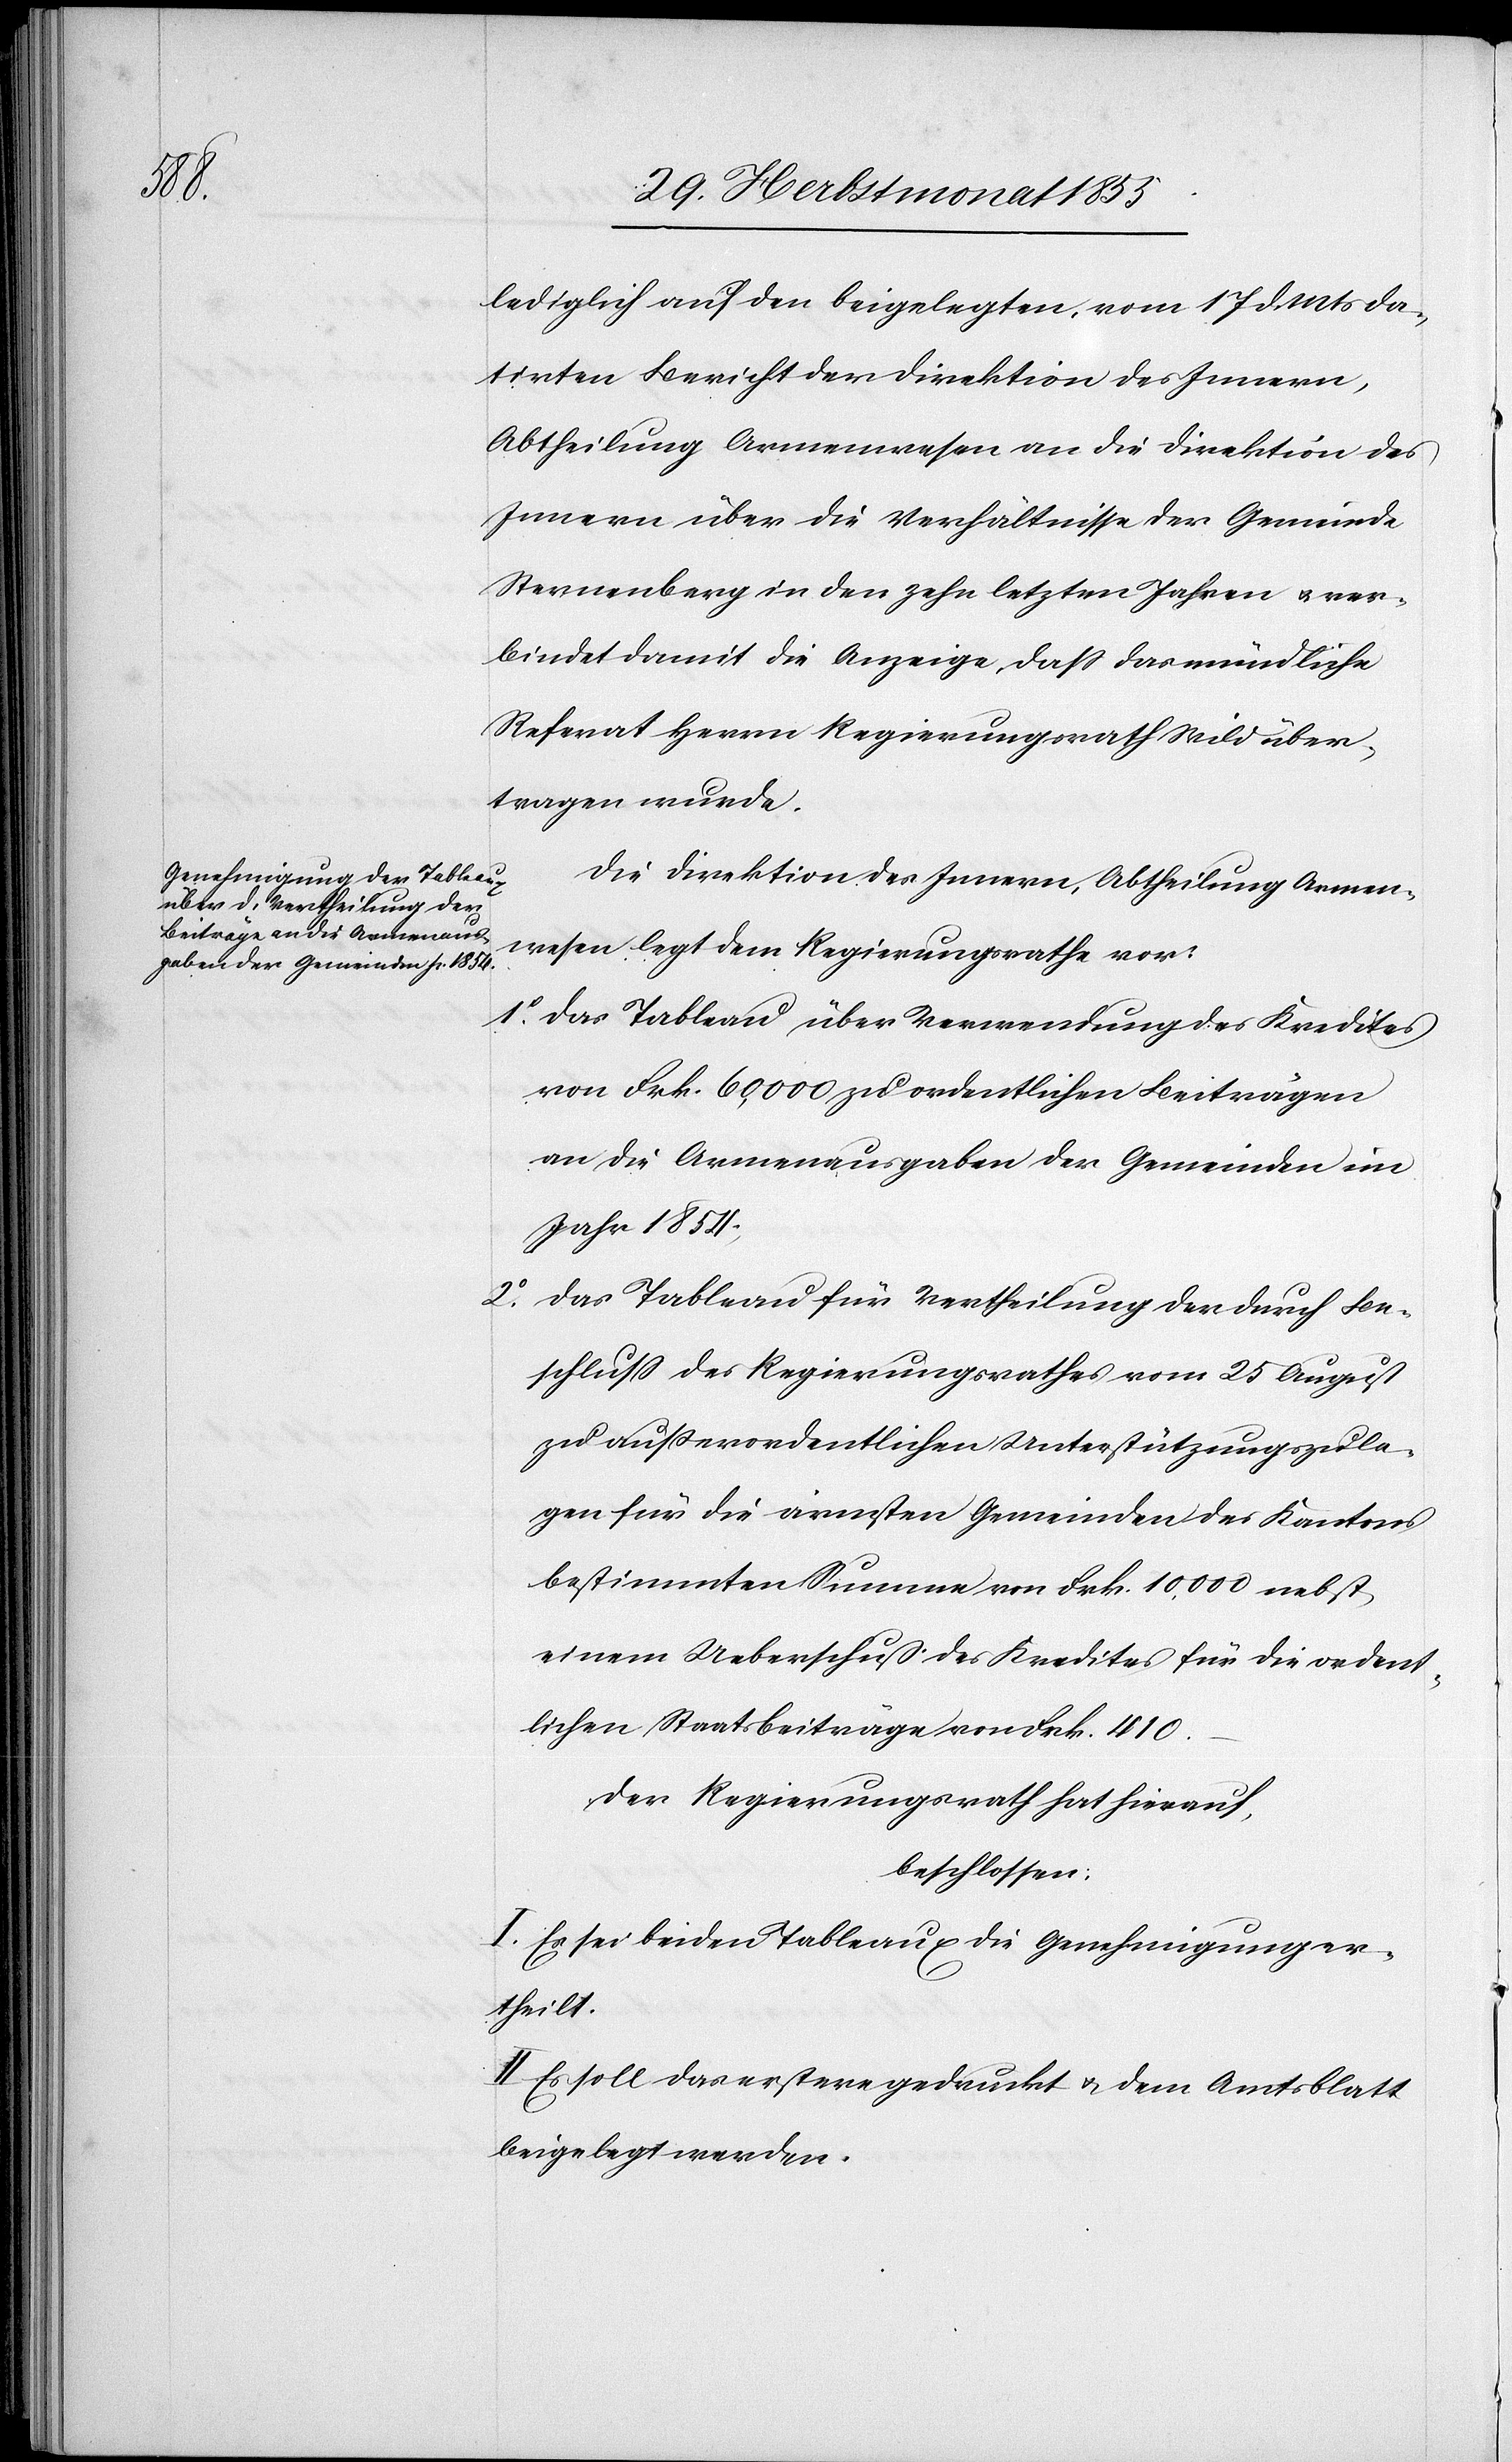
1.o

lediglich auf den beigelegten, vom 17 d. Mts da¬
tirten Bericht der Direktion des Innern,
Abtheilung Armenwesen an die Direktion des
Innern über die Verhältnisse der Gemeinde
Sternenberg in den zehn letzten Jahren & ver¬
bindet damit die Anzeige, dass das mündliche
Referat Herrn Regierungsrath Wild über¬
tragen wurde.
Die Direktion des Innern, Abtheilung Armen¬
wesen legt dem Regierungsrathe vor:
das Tableau über Verwendung des Kredites
von Frk. 60,000 zu ordentlichen Beiträgen
an die Armenausgaben der Gemeinden im
Jahr 1854;
das Tableau für Vertheilung der durch Be¬
schluss des Regierungsrathes vom 25 August
zu außerordentlichen Unterstützungszula¬
gen für die ärmsten Gemeinden des Kantons
bestimmten Summe von Frk. 10,000 nebst
einem Ueberschuß des Kredites für die ordent¬
lichen Staatsbeiträge von Frk. 410.–
Der Regierungsrath hat hierauf,
beschlossen:
I. Es sei beiden Tableaux die Genehmigung er¬
theilt.
II. Es soll das erstere gedruckt & dem Amtsblatt
beigelegt werden.